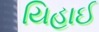
યિહાઈ